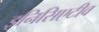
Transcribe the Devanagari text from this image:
इनिसिएटीव